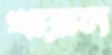
খাব্‌লাল